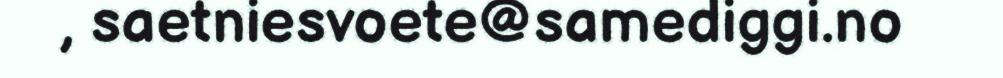
, saetniesvoete@samediggi.no